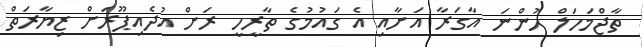
ތާޖްމަހަލް ހުންނަ އާގަރާ އަށާއި އެ ގައުމުގެ ތާރީހީ ރަށް އުދެއިޕޫރަށް ޒިޔާރަތް